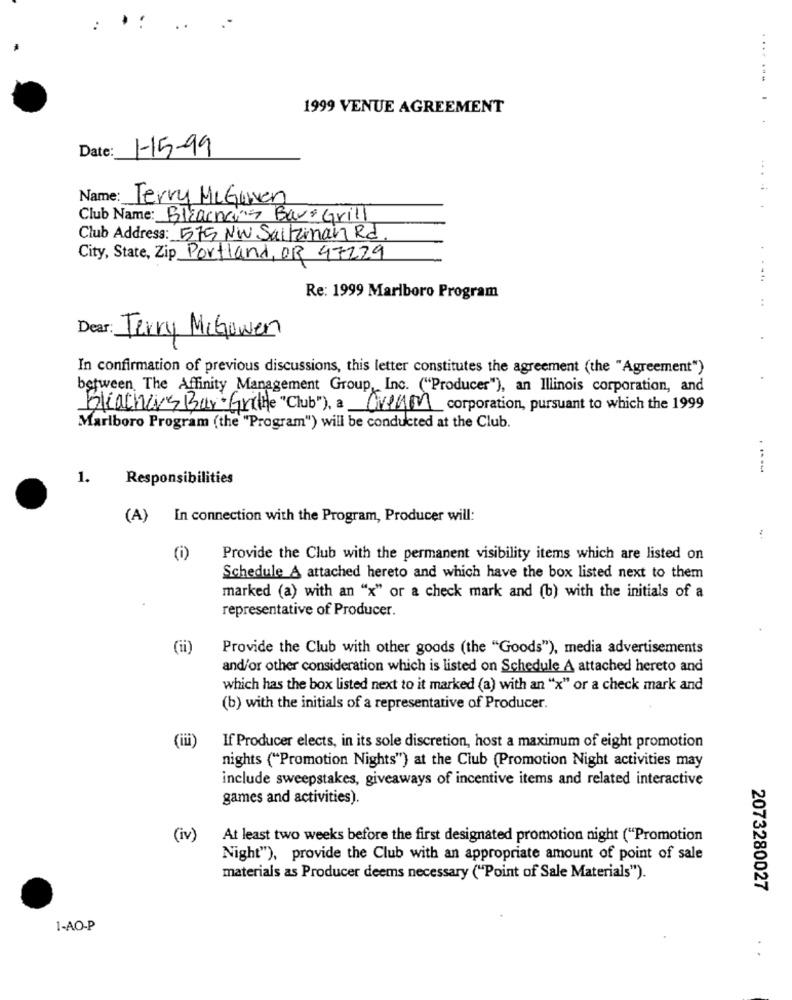
1999 VENUE AGREEMENT
....... . .
1-15-99
Date:
Name: Terry McGuven
.... .
Club Name: Bleachers Bar& Grill
Club Address: 575 NW Saltzman Rd.
City, State, Zip Portland, OR 47229
. . ...
Re: 1999 Marlboro Program
..
Dear: Terry McGowen
In confirmation of previous discussions, this letter constitutes the agreement (the "Agreement")
between The Affinity Management Group, Inc. ("Producer"), an Illinois corporation, and
Bleachers Bar-Grithe "Club"), a Cream corporation, pursuant to which the 1999
Marlboro Program (the "Program") will be conducted at the Club.
1.
Responsibilities
(A)
In connection with the Program, Producer will:
Provide the Club with the permanent visibility items which are listed on
Schedule A attached hereto and which have the box listed next to them
marked (a) with an "x" or a check mark and (b) with the initials of a
representative of Producer.
(ii)
Provide the Club with other goods (the "Goods"), media advertisements
and/or other consideration which is listed on Schedule A attached hereto and
which has the box listed next to it marked (a) with an "x" or a check mark and
(b) with the initials of a representative of Producer.
(iii)
If Producer elects, in its sole discretion, host a maximum of eight promotion
nights ("Promotion Nights") at the Club (Promotion Night activities may
include sweepstakes, giveaways of incentive items and related interactive
games and activities).
(iv)
At least two weeks before the first designated promotion night ("Promotion
Night"), provide the Club with an appropriate amount of point of sale
materials as Producer deems necessary ("Point of Sale Materials").
2073280027
1-AO-P
.